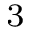
^ 3